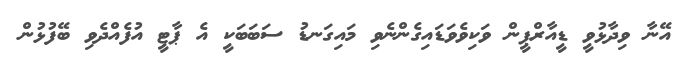
އޭނާ ވިދާޅުވީ ޑީއާރްޕީން ވަކިވެވަޑައިގެންނެވި މައިގަނޑު ސަބަބަކީ އެ ޕާޓީ އުފެއްދެވި ބޭފުޅުން